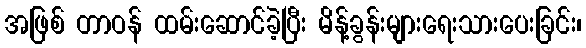
အဖြစ် တာဝန် ထမ်းဆောင်ခဲ့ပြီး မိန့်ခွန်းများရေးသားပေးခြင်း၊